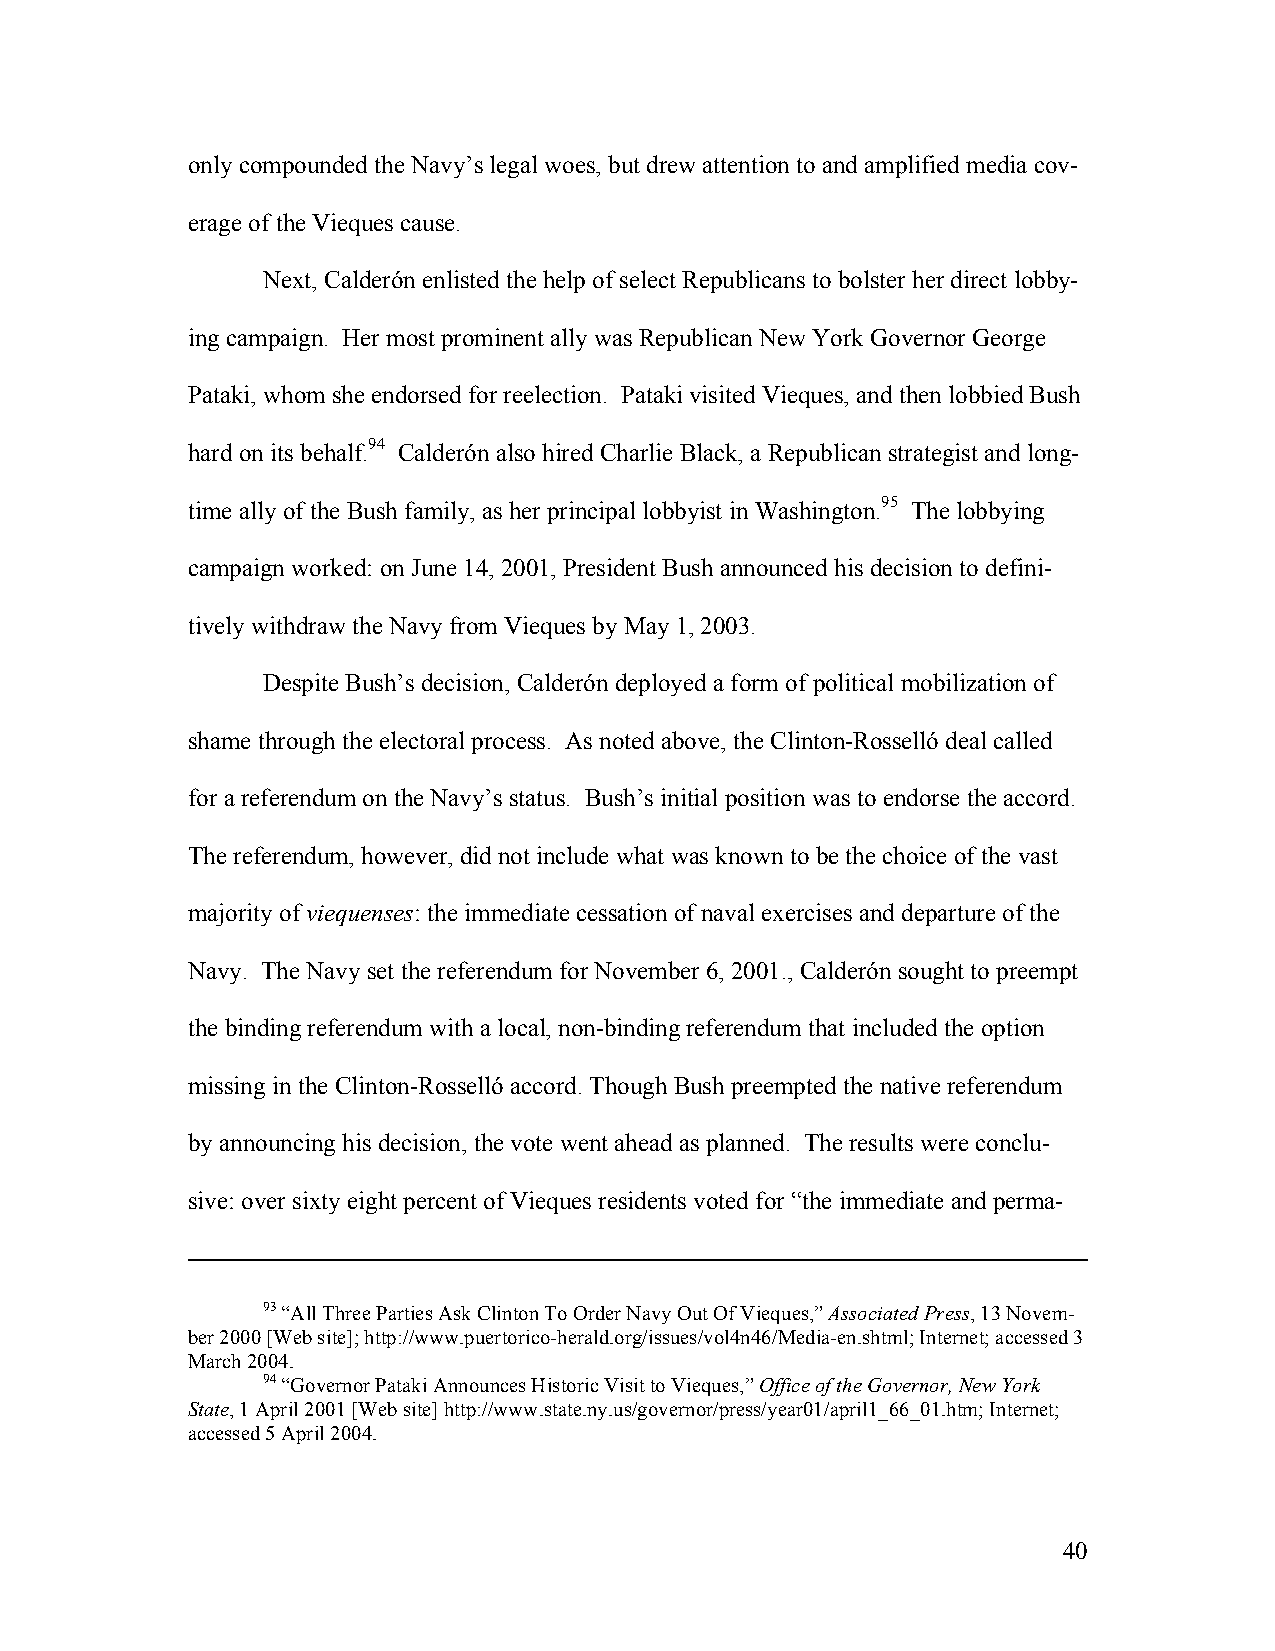
only compounded the Navy’s legal woes, but drew attention to and amplified media cov-
 erage of the Vieques cause.
 Next, Calderón enlisted the help of select Republicans to bolster her direct lobby-
 ing campaign. Her most prominent ally was Republican New York Governor George
 Pataki, whom she endorsed for reelection. Pataki visited Vieques, and then lobbied Bush
 hard on its behalf.94 Calderón also hired Charlie Black, a Republican strategist and long-
 time ally of the Bush family, as her principal lobbyist in Washington.95 The lobbying
 campaign worked: on June 14, 2001, President Bush announced his decision to defini-
 tively withdraw the Navy from Vieques by May 1, 2003.
 Despite Bush’s decision, Calderón deployed a form of political mobilization of
 shame through the electoral process. As noted above, the Clinton-Rosselló deal called
 for a referendum on the Navy’s status. Bush’s initial position was to endorse the accord.
 The referendum, however, did not include what was known to be the choice of the vast
 majority of viequenses: the immediate cessation of naval exercises and departure of the
 Navy. The Navy set the referendum for November 6, 2001., Calderón sought to preempt
 the binding referendum with a local, non-binding referendum that included the option
 missing in the Clinton-Rosselló accord. Though Bush preempted the native referendum
 by announcing his decision, the vote went ahead as planned. The results were conclu-
 sive: over sixty eight percent of Vieques residents voted for “the immediate and perma-
 93 “All Three Parties Ask Clinton To Order Navy Out Of Vieques,” Associated Press, 13 Novem-
 ber 2000 [Web site]; http://www.puertorico-herald.org/issues/vol4n46/Media-en.shtml; Internet; accessed 3
 March 2004.
 94 “Governor Pataki Announces Historic Visit to Vieques,” Office of the Governor, New York
 State, 1 April 2001 [Web site] http://www.state.ny.us/governor/press/year01/april1_66_01.htm; Internet;
 accessed 5 April 2004.
 40